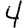
Digit: 4